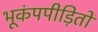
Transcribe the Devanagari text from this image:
भूकंपपीड़ितों